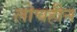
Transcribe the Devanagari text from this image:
लोचहीन